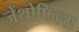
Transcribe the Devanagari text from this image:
ज़ेंथोफिल्स